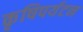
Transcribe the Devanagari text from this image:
कृषिपर्यटन